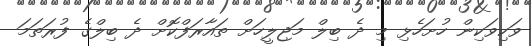
ވަކިވަކިން ހުށަހެޅި މި ދެ ބިލް މަޖިލީހަށް ތައާރަފްކޮށް ދެ ބިލްގެ ފުރަތަމަ